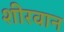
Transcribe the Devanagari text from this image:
शीरवान